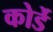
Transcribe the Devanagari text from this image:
कोर्डे